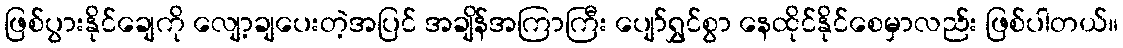
ဖြစ်ပွားနိုင်ချေကို လျော့ချပေးတဲ့အပြင် အချိန်အကြာကြီး ပျော်ရွှင်စွာ နေထိုင်နိုင်စေမှာလည်း ဖြစ်ပါတယ်။